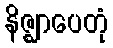
နိဇ္ဈာပေတုံ